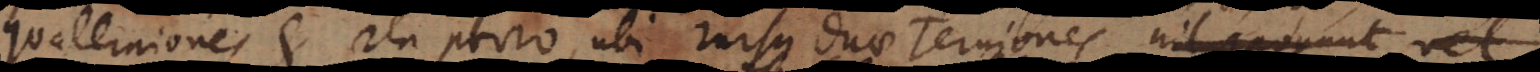
quaterniones et ita porro, ubi rursus duae terniones nil componunt